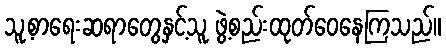
သူ့စာရေးဆရာတွေနှင့်သူ ဖွဲ့စည်းထုတ်ဝေနေကြသည်။